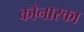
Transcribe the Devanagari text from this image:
कोनारका